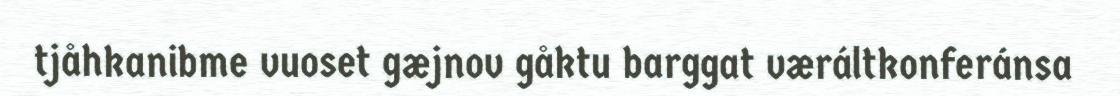
tjåhkanibme vuoset gæjnov gåktu barggat væráltkonferánsa